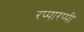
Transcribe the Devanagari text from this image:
रप्पारप्पी